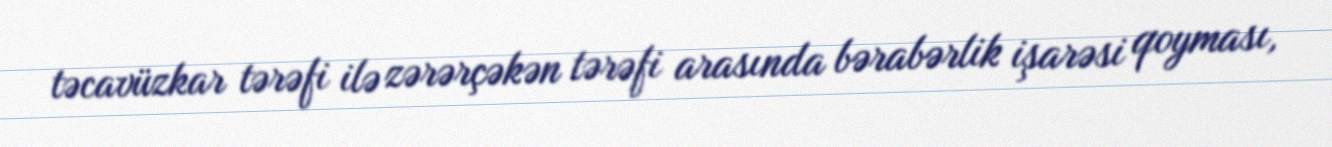
təcavüzkar tərəfi ilə zərərçəkən tərəfi arasında bərabərlik işarəsi qoyması,